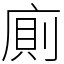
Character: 廁